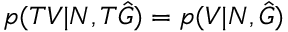
p ( T V | N , T \hat { G } ) = p ( V | N , \hat { G } )